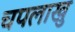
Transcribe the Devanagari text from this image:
चपलाखु